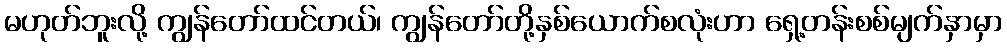
မဟုတ်ဘူးလို့ ကျွန်တော်ထင်တယ်၊ ကျွန်တော်တို့နှစ်ယောက်စလုံးဟာ ရှေ့တန်းစစ်မျက်နှာမှာ